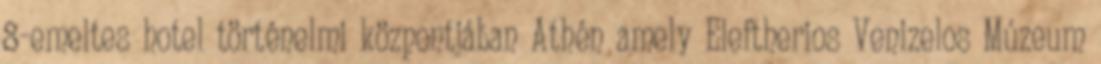
8-emeltes hotel történelmi központjában Athén amely Eleftherios Venizelos Múzeum